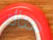
هناك